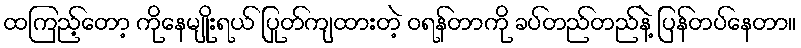
ထကြည့်တော့ ကိုနေမျိုးရယ် ပြုတ်ကျထားတဲ့ ဝရန်တာကို ခပ်တည်တည်နဲ့ ပြန်တပ်နေတာ။